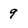
Character: 9